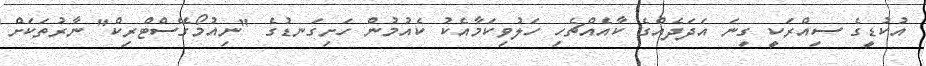
އުކުޑީގެ ސިއްރަކީ ގިނަ އަދަދެއްގެ ކާއެއްޗެހި ހަލުވިކަމާއެކު ކެއުމުން ހަށިގަނޑުގެ "ނިއުމޯގޭސްޓްރިކް" ނާރުތަކަށް